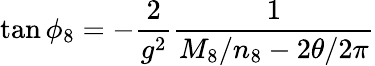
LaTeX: \tan\phi_{8}=-{\frac{2}{g^{2}}}{\frac{1}{M_{8}/n_{8}-2\theta/2\pi}}